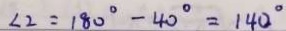
\angle 2 = 1 8 0 ^ { \circ } - 4 0 ^ { \circ } = 1 4 0 ^ { \circ }